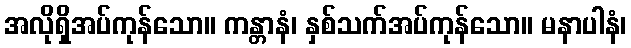
အလိုရှိအပ်ကုန်သော။ ကန္တာနံ၊ နှစ်သက်အပ်ကုန်သော။ မနာပါနံ၊